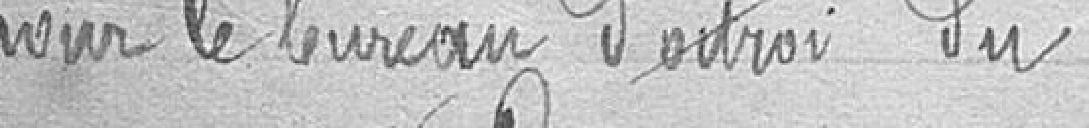
pour le bureau d'outroi du